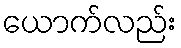
ယောက်လည်း